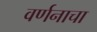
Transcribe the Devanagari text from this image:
वर्णनाचा